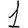
Digit: 1